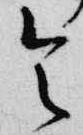
令